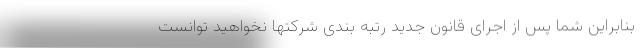
بنابراین شما پس از اجرای قانون جدید رتبه بندی شرکتها نخواهید توانست